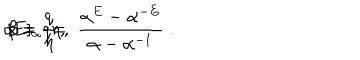
\alpha = \frac q \eta \, , \hspace { 1 c m } \beta = q \eta \, , \hspace { 1 . 5 c m } [ E ] _ { \alpha } \; = \; \frac { \alpha ^ { E } - \alpha ^ { - E } } { \alpha - \alpha ^ { - 1 } } \; .